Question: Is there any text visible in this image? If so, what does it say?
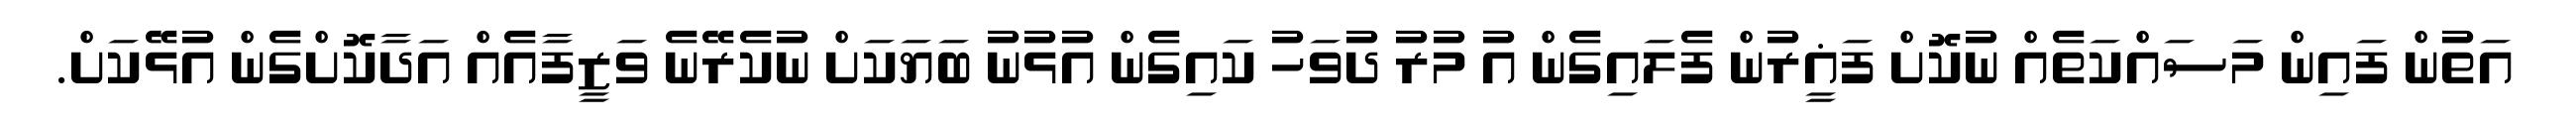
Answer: އަތުން ފައިން މަސައްކަތެއް ނުކޮށް ފަޣީރުން ފެލައިގެން އު މުރު ދުވަހު ކައިގެން އުޅުނު ބަޔަކަށް ނުކެރޭނެ ވަޒީފާއެއް އަދާކޮށްގެން އުޅޭކަށް.